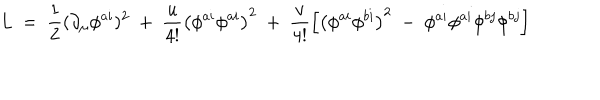
L ~ = ~ \frac { 1 } { 2 } ( \partial _ { \mu } \phi ^ { a i } ) ^ { 2 } ~ + ~ \frac { u } { 4 ! } \left( \phi ^ { a i } \phi ^ { a i } \right) ^ { 2 } ~ + ~ \frac { v } { 4 ! } \left[ \left( \phi ^ { a i } \phi ^ { b i } \right) ^ { 2 } ~ - ~ \phi ^ { a i } \phi ^ { a i } \phi ^ { b j } \phi ^ { b j } \right]